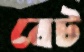
বেট